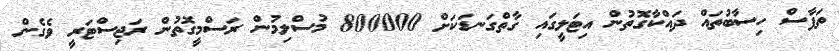
ތަފާސް ހިސާބުތައް ދައްކާގޮތުން އިޓަލީގައި ގާތްގަނޑަކަށް 800000 މުސްލިމުން ރަސްމީގޮތުން ރަޖިސްޓަރީ ވެގެން